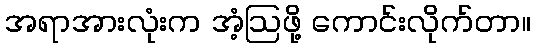
အရာအားလုံးက အံ့ဩဖို့ ကောင်းလိုက်တာ။